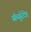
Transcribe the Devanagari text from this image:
सॅच्युरेटेड